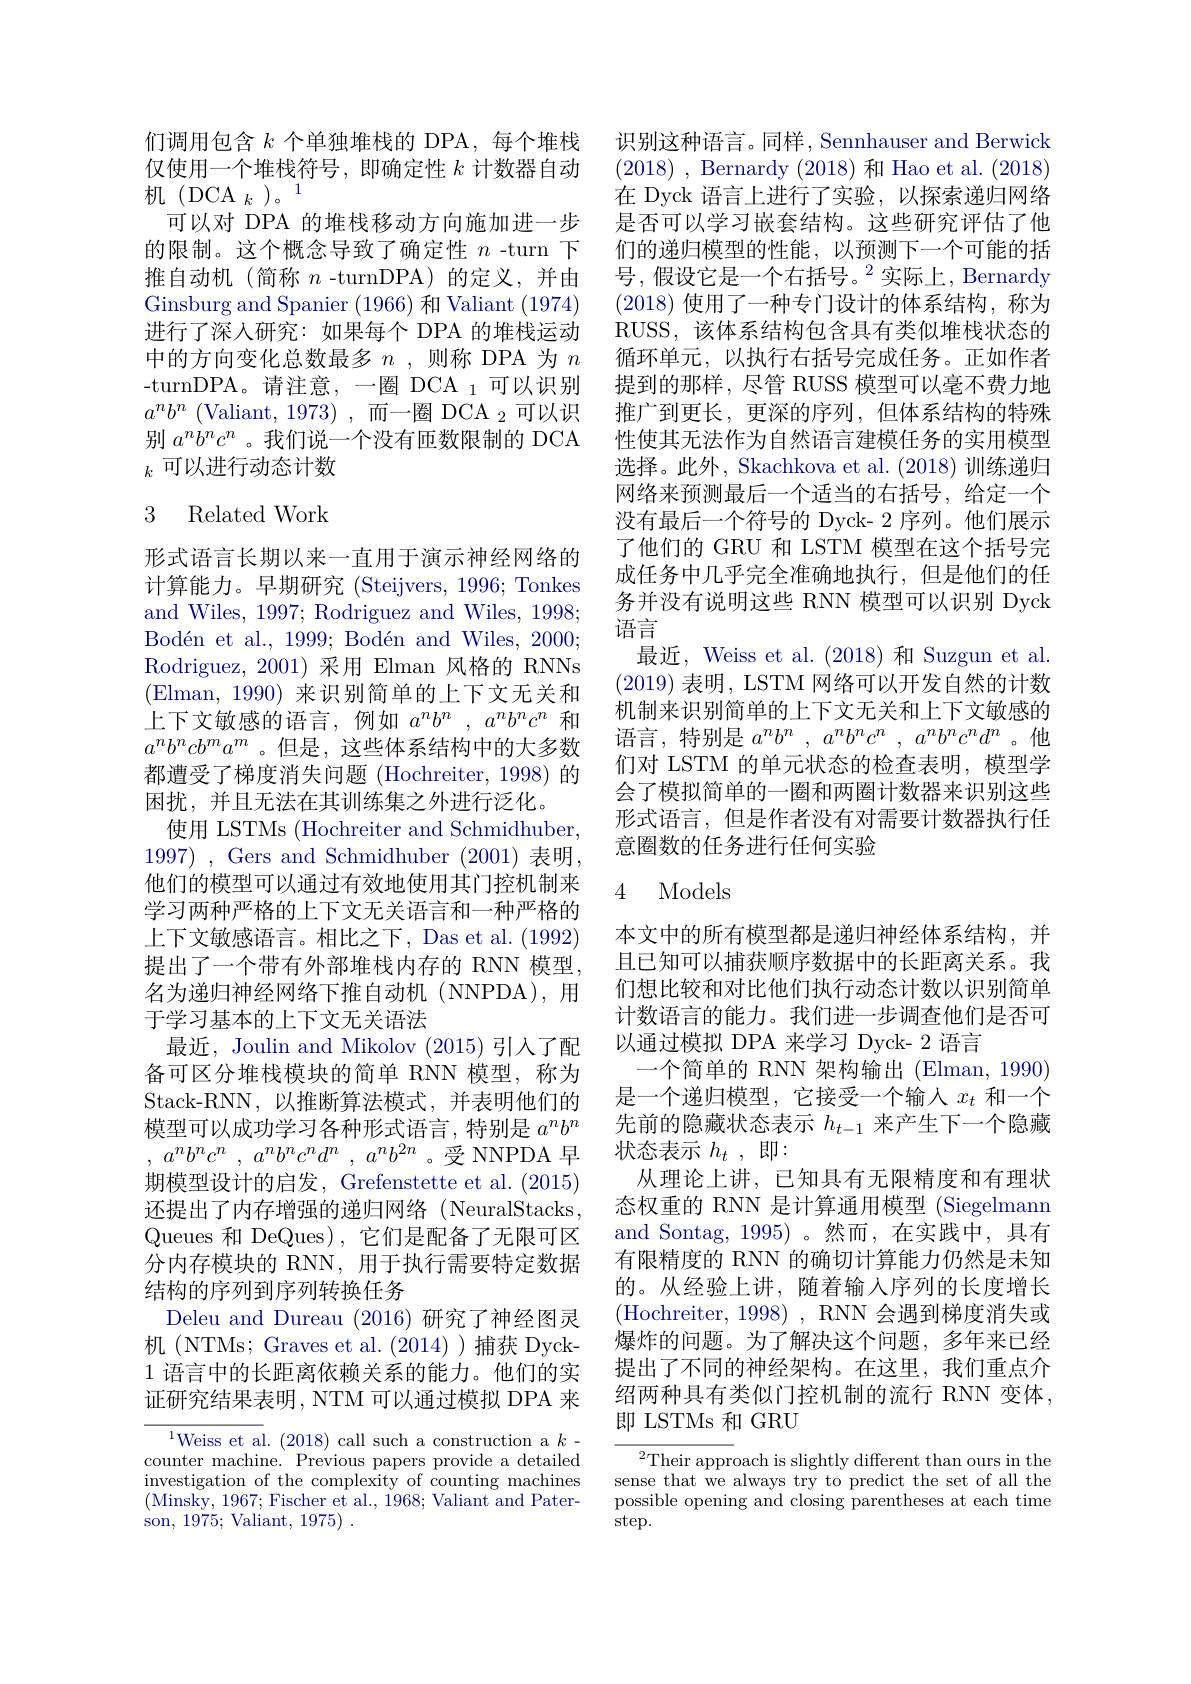
们调用包含$k$个单独堆栈的 DPA,每个堆栈仅使用一个堆栈符号，即确定性$k$计数器自动机(DCA $_k$)。1
可以对 DPA 的堆栈移动方向施加进一步的限制。这个概念导致了确定性$n$ -turn 下推自动机(简称$n$ -turnDPA)的定义，并由Ginsburg and Spanier (1966)和 Valiant (1974) 进行了深入研究：如果每个 DPA 的堆栈运动中的方向变化总数最多$n$ ,则称 DPA 为$n$ -turnDPA。请注意，一圈 DCA $_1$可以识别$a^{n}b^{n}$ (Valiant,1973),而一圈 DCA$_2$可以识别$a^nb^nc^n$ 。我们说一个没有匝数限制的 DCA $_k$可以进行动态计数

### 3 Related Work

形式语言长期以来一直用于演示神经网络的计算能力。早期研究 (Steijvers, 1996; Tonkes and Wiles, 1997; Rodriguez and Wiles, 1998; Bodén et al., 1999; Bodén and Wiles, 2000; Rodriguez, 2001)采用 Elman 风格的 RNNs (Elman,1990)来识别简单的上下文无关和上下文敏感的语言，例如$a^nb^n,a^nb^nc^n$和$a^nb^ncb^ma^m$。但是，这些体系结构中的大多数都遭受了梯度消失问题 (Hochreiter, 1998) 的困扰，并且无法在其训练集之外进行泛化。
使用 LSTMs (Hochreiter and Schmidhuber. 1997) , Gers and Schmidhuber (2001) 表明， 他们的模型可以通过有效地使用其门控机制来学习两种严格的上下文无关语言和一种严格的上下文敏感语言。相比之下，Das et al. (1992) 提出了一个带有外部堆栈内存的 RNN 模型， 名为递归神经网络下推自动机(NNPDA),用于学习基本的上下文无关语法
最近，Joulin and Mikolov (2015)引入了配备可区分堆栈模块的简单 RNN 模型，称为Stack-RNN,以推断算法模式，并表明他们的模型可以成功学习各种形式语言，特别是$a^nb^n$ , $a^{n}b^{n}c^{n}$ , $a^{n}b^{n}c^{n}d^{n}$ , $a^{n}b^{2n}$。受 NNPDA 早期模型设计的启发，Grefenstette et al. (2015) 还提出了内存增强的递归网络(NeuralStacks, Queues 和 DeQues) , 它们是配备了无限可区分内存模块的 RNN, 用于执行需要特定数据结构的序列到序列转换任务
Deleu and Dureau (2016)研究了神经图灵机(NTMs; Graves et al. (2014) )捕获 Dyck- 1语言中的长距离依赖关系的能力。他们的实证研究结果表明，NTM 可以通过模拟 DPA 来
$^{1}$Weiss et al. (2018) call such a construction a $k$-

counter machine. Previous papers provide a detailed investigation of the complexity of counting machines (Minsky, 1967; Fischer et al., 1968; Valiant and Paterson, 1975; Valiant, 1975) .

识别这种语言。同样，Sennhauser and Berwick (2018) ,Bernardy(2018)和Hao et al.(2018) 在 Dyck 语言上进行了实验，以探索递归网络是否可以学习嵌套结构。这些研究评估了他们的递归模型的性能，以预测下一个可能的括号，假设它是一个右括号。$^2$实际上，Bernardy (2018)使用了一种专门设计的体系结构，称为RUSS,该体系结构包含具有类似堆栈状态的循环单元，以执行右括号完成任务。正如作者提到的那样，尽管 RUSS 模型可以毫不费力地推广到更长，更深的序列，但体系结构的特殊性使其无法作为自然语言建模任务的实用模型选择。此外，Skachkova et al. (2018)训练递归网络来预测最后一个适当的右括号，给定一个没有最后一个符号的 Dyck- 2 序列。他们展示了他们的 GRU 和 LSTM 模型在这个括号完成任务中几乎完全准确地执行，但是他们的任务并没有说明这些 RNN 模型可以识别 Dyck 语言
最近，Weiss et al. (2018) 和 Suzgun et al. (2019)表明，LSTM 网络可以开发自然的计数机制来识别简单的上下文无关和上下文敏感的语言，特别是$a^nb^n$ , $a^nb^nc^n$ , $a^nb^nc^nd^n$。他们对 LSTM 的单元状态的检查表明，模型学会了模拟简单的一圈和两圈计数器来识别这些形式语言，但是作者没有对需要计数器执行任意圈数的任务进行任何实验

### 4 Models

本文中的所有模型都是递归神经体系结构，并且已知可以捕获顺序数据中的长距离关系。我们想比较和对比他们执行动态计数以识别简单计数语言的能力。我们进一步调查他们是否可以通过模拟 DPA 来学习 Dyck- 2 语言
一个简单的 RNN 架构输出 (Elman,1990) 是一个递归模型，它接受一个输入$x_t$和一个先前的隐藏状态表示$h_{t-1}$来产生下一个隐藏状态表示$h_t$,即：
从理论上讲，已知具有无限精度和有理状态权重的 RNN 是计算通用模型 (Siegelmann and Sontag, 1995)。然而，在实践中，具有有限精度的 RNN 的确切计算能力仍然是未知的。从经验上讲，随着输入序列的长度增长(Hochreiter, 1998), RNN 会遇到梯度消失或爆炸的问题。为了解决这个问题，多年来已经提出了不同的神经架构。在这里，我们重点介绍两种具有类似门控机制的流行 RNN 变体， 即 LSTMs 和 GRU

${{^2}\text{Their appr}}$oach is slightly different than ours in the sense that we always try to predict the set of all the possible opening and closing parentheses at each time $\operatorname{step}.$